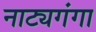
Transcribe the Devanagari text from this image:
नाट्यगंगा